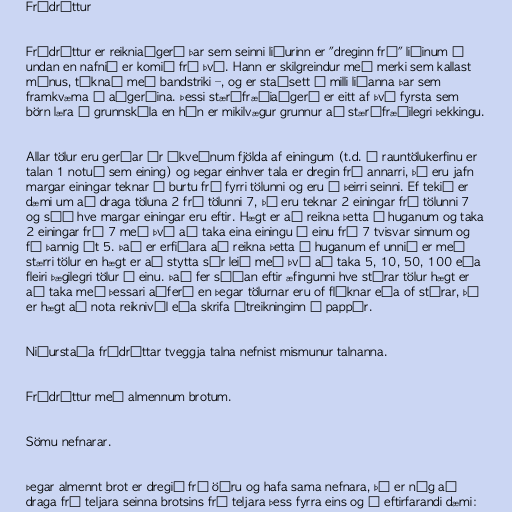
Frádráttur

Frádráttur er reikniaðgerð þar sem seinni liðurinn er "dreginn frá" liðinum á
undan en nafnið er komið frá því. Hann er skilgreindur með merki sem kallast
mínus, táknað með bandstriki –, og er staðsett á milli liðanna þar sem
framkvæma á aðgerðina. Þessi stærðfræðiaðgerð er eitt af því fyrsta sem
börn læra í grunnskóla en hún er mikilvægur grunnur að stærðfræðilegri þekkingu.

Allar tölur eru gerðar úr ákveðnum fjölda af einingum (t.d. í rauntölukerfinu er
talan 1 notuð sem eining) og þegar einhver tala er dregin frá annarri, þá eru jafn
margar einingar teknar í burtu frá fyrri tölunni og eru í þeirri seinni. Ef tekið er
dæmi um að draga töluna 2 frá tölunni 7, þá eru teknar 2 einingar frá tölunni 7
og séð hve margar einingar eru eftir. Hægt er að reikna þetta í huganum og taka
2 einingar frá 7 með því að taka eina einingu í einu frá 7 tvisvar sinnum og
fá þannig út 5. Það er erfiðara að reikna þetta í huganum ef unnið er með
stærri tölur en hægt er að stytta sér leið með því að taka 5, 10, 50, 100 eða
fleiri þægilegri tölur í einu. Það fer síðan eftir æfingunni hve stórar tölur hægt er
að taka með þessari aðferð en þegar tölurnar eru of flóknar eða of stórar, þá
er hægt að nota reiknivél eða skrifa útreikninginn á pappír.

Niðurstaða frádráttar tveggja talna nefnist mismunur talnanna.

Frádráttur með almennum brotum.

Sömu nefnarar.

Þegar almennt brot er dregið frá öðru og hafa sama nefnara, þá er nóg að
draga frá teljara seinna brotsins frá teljara þess fyrra eins og í eftirfarandi dæmi: